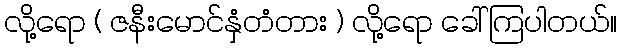
လို့ရော ( ဇနီးမောင်နှံတံတား ) လို့ရော ခေါ်ကြပါတယ်။